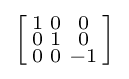
\left[{\begin{smallmatrix}1&0&0\\0&1&0\\0&0&-1\\\end{smallmatrix}}\right]